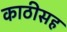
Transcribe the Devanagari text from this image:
काठीसह